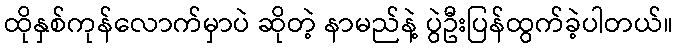
ထိုနှစ်ကုန်လောက်မှာပဲ ဆိုတဲ့ နာမည်နဲ့ ပွဲဦးပြန်ထွက်ခဲ့ပါတယ်။